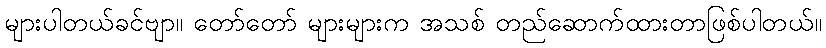
များပါတယ်ခင်ဗျာ။ တော်တော် များများက အသစ် တည်ဆောက်ထားတာဖြစ်ပါတယ်။